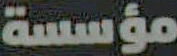
مؤسسة